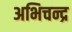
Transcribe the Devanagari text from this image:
अभिचन्द्र